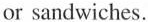
or sandwiches.